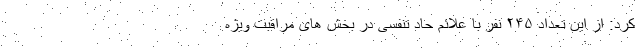
کرد: از این تعداد ۲۴۵ نفر با علائم حاد تنفسی در بخش های مراقبت ویژه